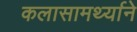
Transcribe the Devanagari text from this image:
कलासामर्थ्याने